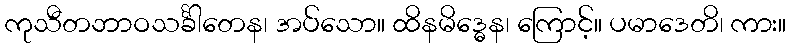
ကုသီတဘာဝသင်္ခါတေန၊ အပ်သော။ ထိနမိဒ္ဓေန၊ ကြောင့်။ ပမာဒေတိ၊ ကား။